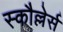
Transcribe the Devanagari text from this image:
स्कौल्लेर्स